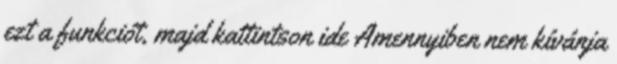
ezt a funkciót, majd kattintson ide Amennyiben nem kívánja